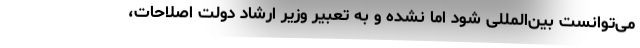
می‌توانست بین‌المللی شود اما نشده و به تعبیر وزیر ارشاد دولت اصلاحات،